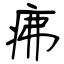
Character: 疿